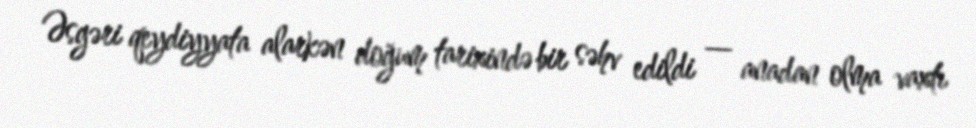
Əsgəri qeydiyyata alarkən doğum tarixində bir səhv edildi — anadan olma vaxtı